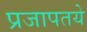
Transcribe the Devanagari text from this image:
प्रजापतये